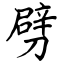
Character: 劈